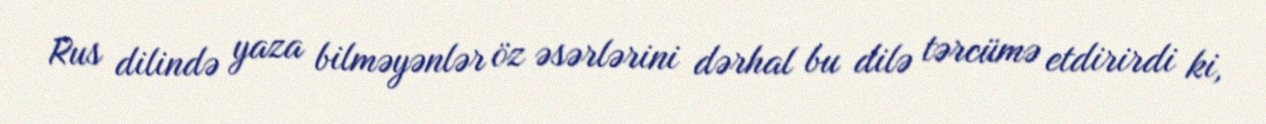
Rus dilində yaza bilməyənlər öz əsərlərini dərhal bu dilə tərcümə etdirirdi ki,